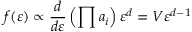
f ( \varepsilon ) \propto { \frac { d } { d \varepsilon } } \left( \prod a _ { i } \right) \varepsilon ^ { d } = V \varepsilon ^ { d - 1 }